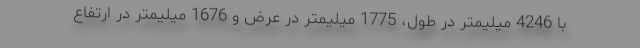
با 4246 میلیمتر در طول، 1775 میلیمتر در عرض و 1676 میلیمتر در ارتفاع